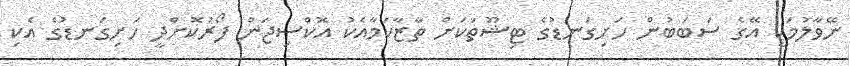
ނޭވާލުމަކީ އޭގެ ސަބަބުން ހަށިގަނޑުގެ ޓިޝޫތަކަށް ތާޒާކަމާއެކު އޮކްސިޖަން ފޯރުކޮށްދީ ހަށިގަނޑުގެ އެކި